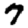
Digit: 7